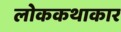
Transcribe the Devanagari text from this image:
लोककथाकार